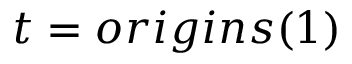
t = o r i g i n s ( 1 )